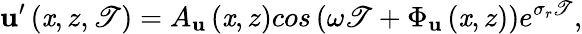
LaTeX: \mathbf{u}^{\prime}\left(\mathit{x},z,\mathscr{T}\right)=A_{\mathbf{u}}\left(\mathit{x},z\right)cos\left(\omega\mathscr{T}+\Phi_{\mathbf{u}}\left(\mathit{x},z\right)\right)e^{\sigma_{r}\mathscr{T}},